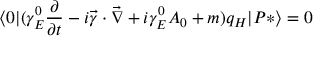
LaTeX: \langle 0 | ( \gamma _ { E } ^ { 0 } { \frac { \partial } { \partial t } } - i \vec { \gamma } \cdot \vec { \nabla } + i \gamma _ { E } ^ { 0 } A _ { 0 } + m ) q _ { H } | P * \rangle = 0